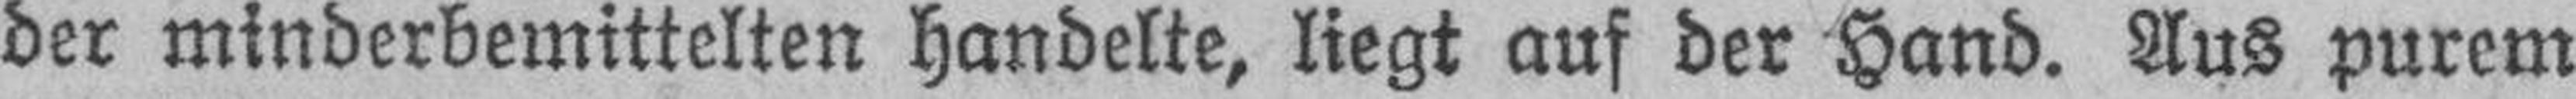
der minderbemittelten handelte, liegt auf der Hand. Aus purem